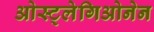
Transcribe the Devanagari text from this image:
ओस्ट्लेगिओनेन